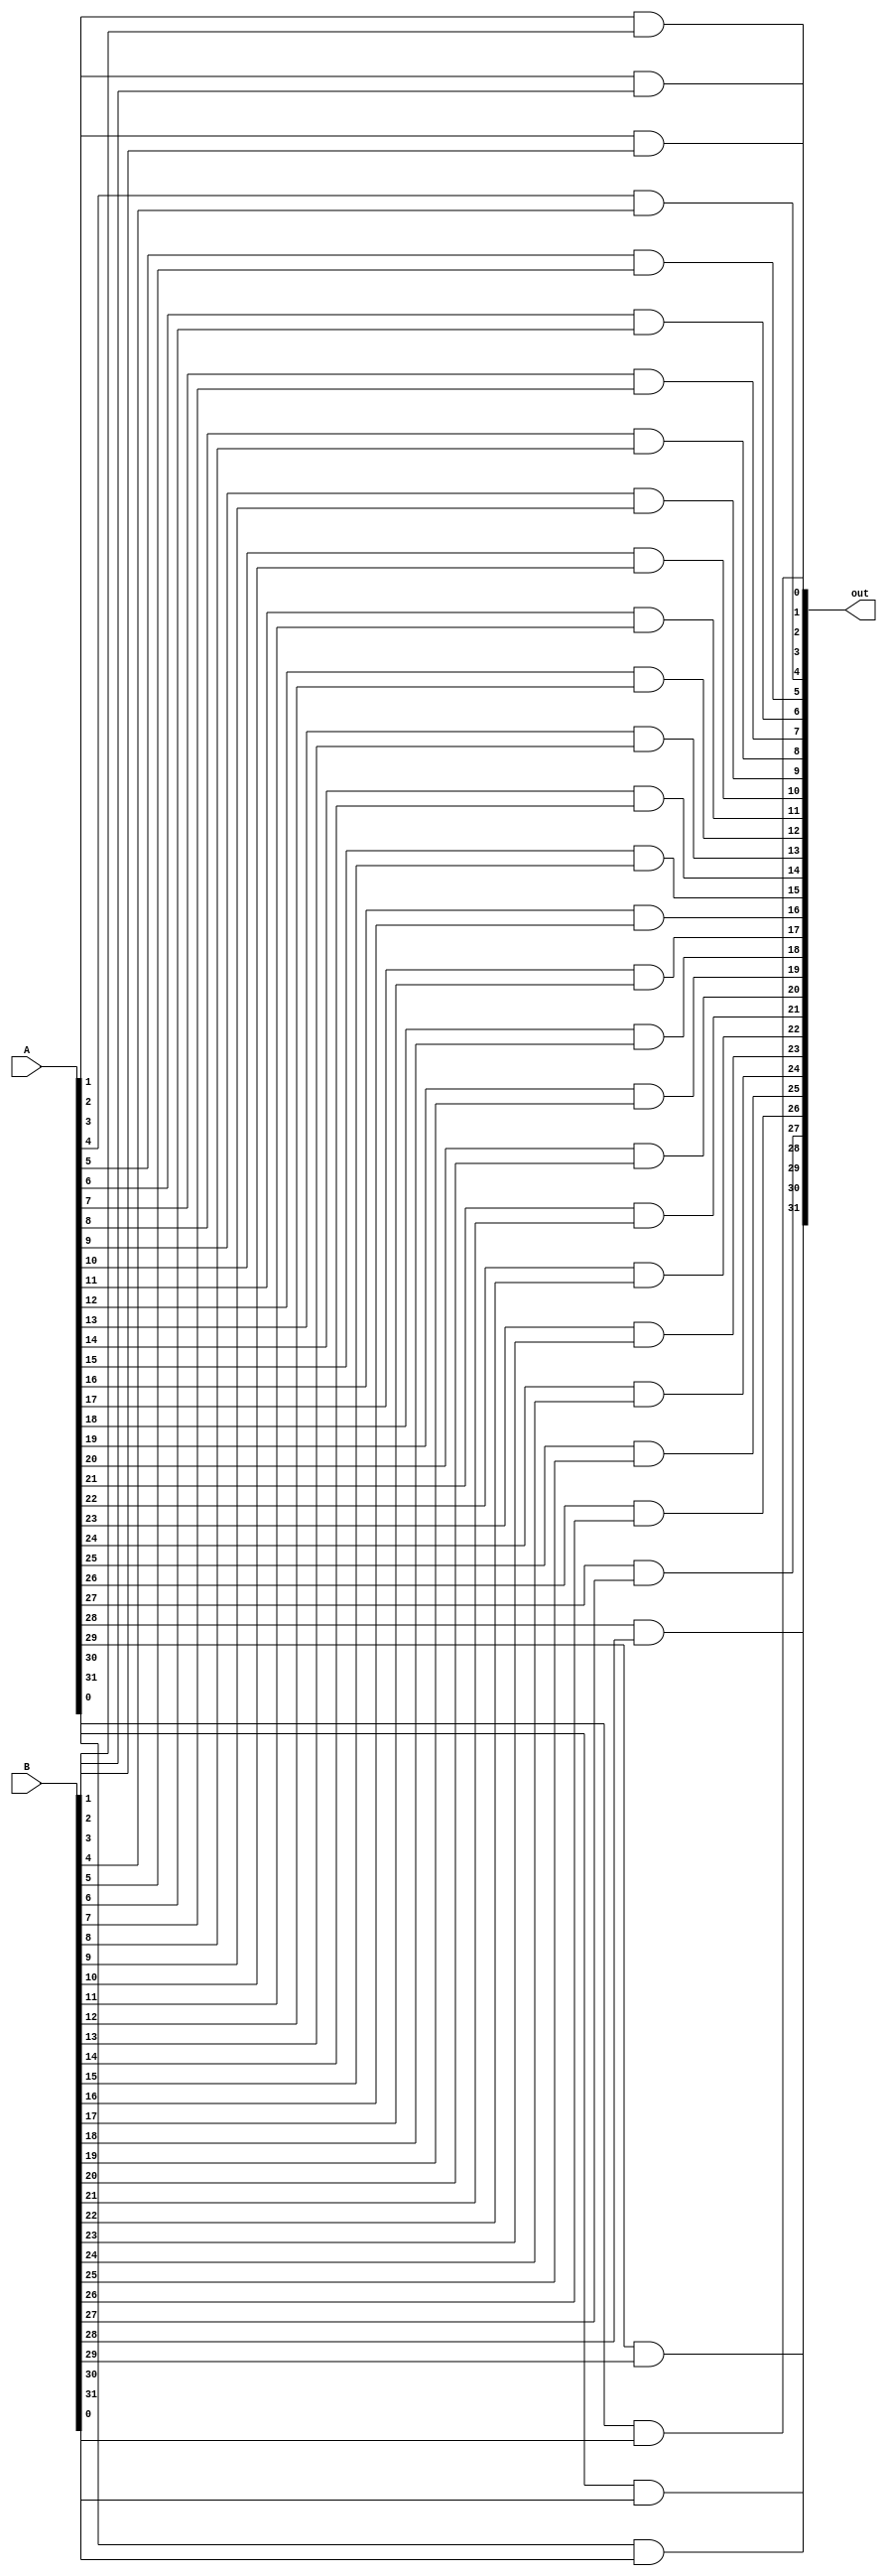
module thirty_two_bit_and(out, A, B);

	parameter SIZE = 32;
	input [SIZE-1:0] A,B;
	
	
	output [SIZE-1:0] out;
	
	and and_0(out[0], A[0], B[0]);
	and and_1(out[1], A[1], B[1]);
	and and_2(out[2], A[2], B[2]);
	and and_3(out[3], A[3], B[3]);
	and and_4(out[4], A[4], B[4]);
	and and_5(out[5], A[5], B[5]);
	and and_6(out[6], A[6], B[6]);
	and and_7(out[7], A[7], B[7]);
	and and_8(out[8], A[8], B[8]);
	and and_9(out[9], A[9], B[9]);
	and and_10(out[10], A[10], B[10]);
	and and_11(out[11], A[11], B[11]);
	and and_12(out[12], A[12], B[12]);
	and and_13(out[13], A[13], B[13]);
	and and_14(out[14], A[14], B[14]);
	and and_15(out[15], A[15], B[15]);
	and and_16(out[16], A[16], B[16]);
	and and_17(out[17], A[17], B[17]);
	and and_18(out[18], A[18], B[18]);
	and and_19(out[19], A[19], B[19]);
	and and_20(out[20], A[20], B[20]);
	and and_21(out[21], A[21], B[21]);
	and and_22(out[22], A[22], B[22]);
	and and_23(out[23], A[23], B[23]);
	and and_24(out[24], A[24], B[24]);
	and and_25(out[25], A[25], B[25]);
	and and_26(out[26], A[26], B[26]);
	and and_27(out[27], A[27], B[27]);
	and and_28(out[28], A[28], B[28]);
	and and_29(out[29], A[29], B[29]);
	and and_30(out[30], A[30], B[30]);
	and and_31(out[31], A[31], B[31]);
endmodule